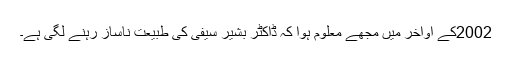
2002کے اواخر میں مجھے معلوم ہوا کہ ڈاکٹر بشیر سیفی کی طبیعت ناساز رہنے لگی ہے۔